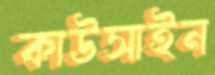
কাউসাইন